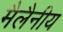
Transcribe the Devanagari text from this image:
मैलैनीय